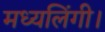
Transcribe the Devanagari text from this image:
मध्यलिंगी।